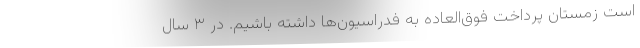
است زمستان پرداخت فوق‌العاده به فدراسیون‌ها داشته باشیم. در ۳ سال